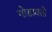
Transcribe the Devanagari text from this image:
गोडावतो